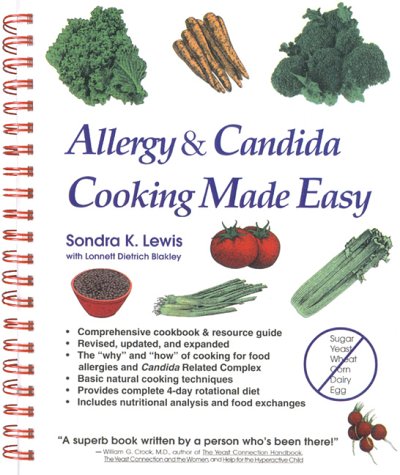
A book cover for Allergy & Candida Cooking Made Easy; Sondra K. Lewis; Health, Fitness & Dieting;